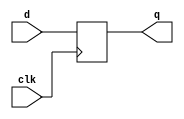
/*
 * delay.v
 *
 * vim: ts=4 sw=4
 *
 * Generates a delay line/bus
 *
 * Copyright (C) 2019  Sylvain Munaut <tnt@246tNt.com>
 * All rights reserved.
 *
 * BSD 3-clause, see LICENSE.bsd
 *
 * Redistribution and use in source and binary forms, with or without
 * modification, are permitted provided that the following conditions are met:
 *     * Redistributions of source code must retain the above copyright
 *       notice, this list of conditions and the following disclaimer.
 *     * Redistributions in binary form must reproduce the above copyright
 *       notice, this list of conditions and the following disclaimer in the
 *       documentation and/or other materials provided with the distribution.
 *     * Neither the name of the <organization> nor the
 *       names of its contributors may be used to endorse or promote products
 *       derived from this software without specific prior written permission.
 *
 * THIS SOFTWARE IS PROVIDED BY THE COPYRIGHT HOLDERS AND CONTRIBUTORS "AS IS" AND
 * ANY EXPRESS OR IMPLIED WARRANTIES, INCLUDING, BUT NOT LIMITED TO, THE IMPLIED
 * WARRANTIES OF MERCHANTABILITY AND FITNESS FOR A PARTICULAR PURPOSE ARE
 * DISCLAIMED. IN NO EVENT SHALL <COPYRIGHT HOLDER> BE LIABLE FOR ANY
 * DIRECT, INDIRECT, INCIDENTAL, SPECIAL, EXEMPLARY, OR CONSEQUENTIAL DAMAGES
 * (INCLUDING, BUT NOT LIMITED TO, PROCUREMENT OF SUBSTITUTE GOODS OR SERVICES;
 * LOSS OF USE, DATA, OR PROFITS; OR BUSINESS INTERRUPTION) HOWEVER CAUSED AND
 * ON ANY THEORY OF LIABILITY, WHETHER IN CONTRACT, STRICT LIABILITY, OR TORT
 * (INCLUDING NEGLIGENCE OR OTHERWISE) ARISING IN ANY WAY OUT OF THE USE OF THIS
 * SOFTWARE, EVEN IF ADVISED OF THE POSSIBILITY OF SUCH DAMAGE.
 */

`default_nettype none

// ---------------------------------------------------------------------------
// Single line delay
// ---------------------------------------------------------------------------

module delay_bit #(
	parameter integer DELAY = 1
)(
	input  wire d,
	output wire q,
	input  wire clk
);

	reg [DELAY-1:0] dl;

	generate
		if (DELAY > 1)
			always @(posedge clk)
				dl <= { dl[DELAY-2:0], d };
		else
			always @(posedge clk)
				dl <= d;
	endgenerate

	assign q = dl[DELAY-1];

endmodule // delay_bit


// ---------------------------------------------------------------------------
// Bus delay
// ---------------------------------------------------------------------------

module delay_bus #(
	parameter integer DELAY = 1,
	parameter integer WIDTH = 1
)(
	input  wire [WIDTH-1:0] d,
	output wire [WIDTH-1:0] q,
	input  wire clk
);

	genvar i;
	reg [WIDTH-1:0] dl[0:DELAY-1];

	always @(posedge clk)
		dl[0] <= d;

	generate
		for (i=1; i<DELAY; i=i+1)
			always @(posedge clk)
				dl[i] <= dl[i-1];
	endgenerate

	assign q = dl[DELAY-1];

endmodule // delay_bus


// ---------------------------------------------------------------------------
// Toggle delay
// ---------------------------------------------------------------------------

module delay_toggle #(
	parameter integer DELAY = 1
)(
	input  wire d,
	output wire q,
	input  wire clk
);

	// FIXME: TODO

endmodule // delay_toggle